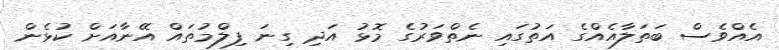
އެއްވެސް ބަތަލާއެއްގެ އަތުގައި ނެތްވަރުގެ މޮޅު އަދި ގިނަ ފިލްމުތައް އޭނާއަށް ކުޅެން